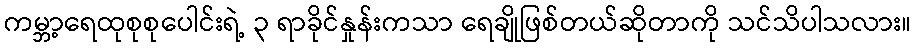
ကမ္ဘာ့ရေထုစုစုပေါင်းရဲ့ ၃ ရာခိုင်နှုန်းကသာ ရေချိုဖြစ်တယ်ဆိုတာကို သင်သိပါသလား။